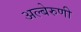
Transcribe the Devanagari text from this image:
अल्बेरुणी